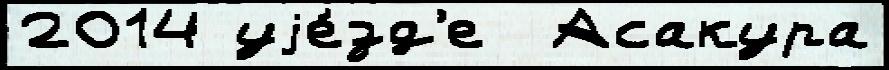
2014 уjе́зд'е  Асакура